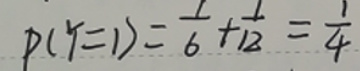
\[
p(\gamma = 1)=\frac{1}{6}+\frac{1}{12}=\frac{1}{4}
\]